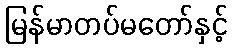
မြန်မာတပ်မတော်နှင့်